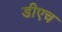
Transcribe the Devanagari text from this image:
डीएच